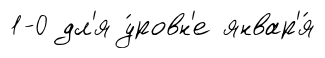
1-0 дл'я у́ровн'е январ'я́